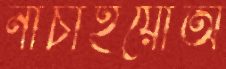
নাচাইয়োঅ